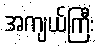
အကျယ်ကြီး